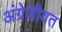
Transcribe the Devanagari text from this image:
अंग्रेजीयत